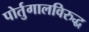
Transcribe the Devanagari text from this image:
पोर्तुगालविरुद्ध